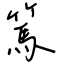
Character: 篤